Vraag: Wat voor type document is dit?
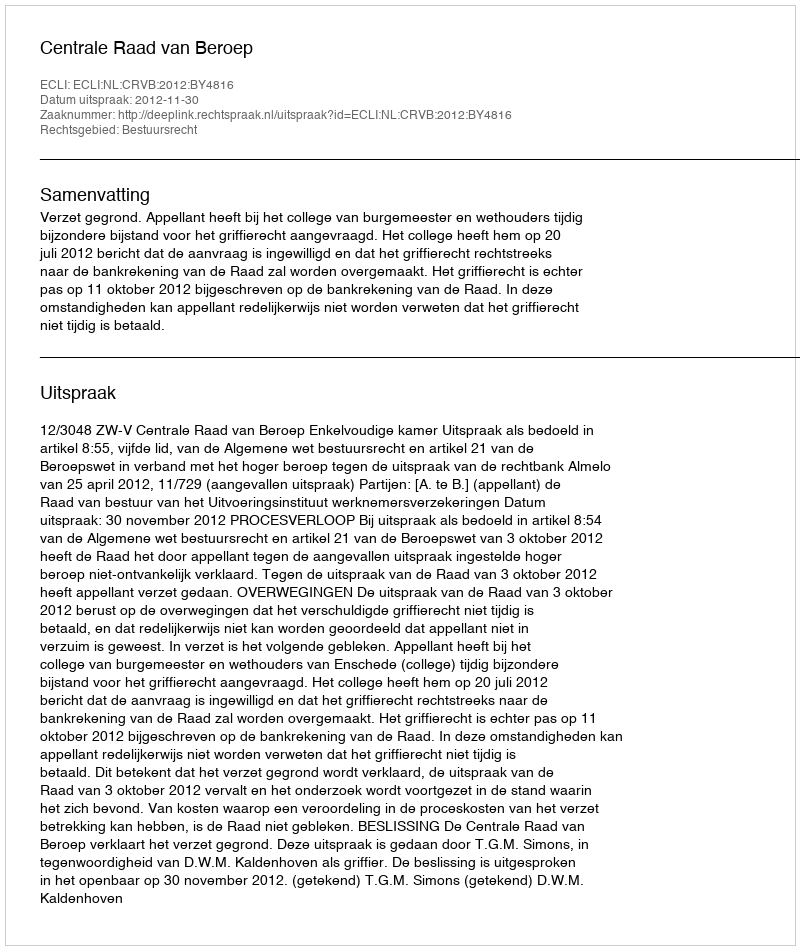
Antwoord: Uitspraak